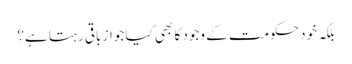
بلکہ خود حکومت کے وجود کا بھی کیا جواز باقی رہتا ہے؟